Report on vaccination in the Province of Bengal - 1874-1889
Year: 1874
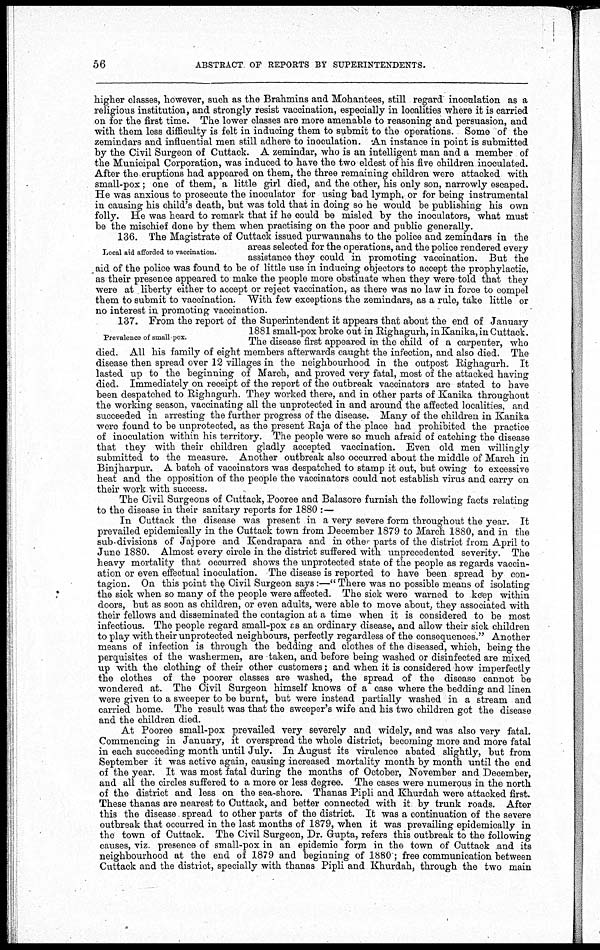
56
ABSTRACT OF REPORTS BY SUPERINTENDENTS.
higher classes, however, such as the Brahmins and Mohantees, still regard inoculation as a
religious institution, and strongly resist vaccination, especially in localities where it is carried
on for the first time. The lower classes are more amenable to reasoning and persuasion, and
with them less difficulty is felt in inducing them to submit to the operations. Some of the
zemindars and influential men still adhere to inoculation. An instance in point is submitted
by the Civil Surgeon of Cuttack. A zemindar, who is an intelligent man and a member of
the Municipal Corporation, was induced to have the two eldest of his five children inoculated.
After the eruptions had appeared on them, the three remaining children were attacked with
small-pox; one of them, a little girl died, and the other, his only son, narrowly escaped.
He was anxious to prosecute the inoculator for using bad lymph, or for being instrumental
in causing his child's death, but was told that in doing so he would be publishing his own
folly. He was heard to remark that if he could be misled by the inoculators, what must
be the mischief done by them when practising on the poor and public generally.
Local aid afforded to vaccination.
136. The Magistrate of Cuttack issued purwannahs to the police and zemindars in the
areas selected for the operations, and the police rendered every
assistance they could in promoting vaccination. But the
aid of the police was found to be of little use in inducing objectors to accept the prophylactic,
as their presence appeared to make the people more obstinate when they were told that they
were at liberty either to accept or reject vaccination, as there was no law in force to compel
them to submit to vaccination. With few exceptions the zemindars, as a rule, take little or
no interest in promoting vaccination.
Prevalence of small pox.
137. From the report of the Superintendent it appears that about the end of January
1881 small-pox broke out in Righagurh, in Kanika, in Cuttack.
The disease first appeared in the child of a carpenter, who
died. All his family of eight members afterwards caught the infection, and also died. The
disease then spread over 12 villages in the neighbourhood in the outpost Righagurh. It
lasted up to the beginning of March, and proved very fatal, most of the attacked having
died. Immediately on receipt of the report of the outbreak vaccinators are stated to have
been despatched to Righagurh. They worked there, and in other parts of Kanika throughout
the working season, vaccinating all the unprotected in and around the affected localities, and
succeeded in arresting the further progress of the disease. Many of the children in Kanika
were found to be unprotected, as the present Raja of the place had prohibited the practice
of inoculation within his territory. The people were so much afraid of catching the disease
that they with their children gladly accepted vaccination. Even old men willingly
submitted to the measure. Another outbreak also occurred about the middle of March in
Binjharpur. A batch of vaccinators was despatched to stamp it out, but owing to excessive
heat and the opposition of the people the vaccinators could not establish virus and carry on
their work with success.
The Civil Surgeons of Cuttack, Pooree and Balasore furnish the following facts relating
to the disease in their sanitary reports for 1880 : —
In Cuttack the disease was present in a very severe form throughout the year. It
prevailed epidemically in the Cuttack town from December 1879 to March 1880, and in the
sub-divisions of Jajpore and Kendrapara and in other parts of the district from April to
June 1880. Almost every circle in the district suffered with unprecedented severity. The
heavy mortality that occurred shows the unprotected state of the people as regards vaccin-
ation or even effectual inoculation. The disease is reported to have been spread by con-
tagion. On this point the Civil Surgeon says:—" There was no possible means of isolating
the sick when so many of the people were affected. The sick were warned to keep within
doors, but as soon as children, or even adults, were able to move about, they associated with
their fellows and disseminated the contagion at a time when it is considered to be most
infectious. The people regard small-pox as an ordinary disease, and allow their sick children
to play with their unprotected neighbours, perfectly regardless of the consequences." Another
means of infection is through the bedding and clothes of the diseased, which, being the
perquisites of the washermen, are taken, and before being washed or disinfected are mixed
up with the clothing of their other customers; and when it is considered how imperfectly
the clothes of the poorer classes are washed, the spread of the disease cannot be
wondered at. The Civil Surgeon himself knows of a case where the bedding and linen
were given to a sweeper to be burnt, but were instead partially washed in a stream and
carried home. The result was that the sweeper's wife and his two children got the disease
and the children died.
At Pooree small-pox prevailed very severely and widely, and was also very fatal.
Commencing in January, it overspread the whole district, becoming more and more fatal
in each succeeding month until July. In August its virulence abated slightly, but from
September it was active again, causing increased mortality month by month until the end
of the year. It was most fatal during the months of October, November and December,
and all the circles suffered to a more or less degree. The cases were numerous in the north
of the district and less on the sea-shore. Thanas Pipli and Khurdah were attacked first.
These thanas are nearest to Cuttack, and better connected with it by trunk roads. After
this the disease spread to other parts of the district. It was a continuation of the severe
outbreak that occurred in the last months of 1879, when it was prevailing epidemically in
the town of Cuttack. The Civil Surgeon, Dr. Gupta, refers this outbreak to the following
causes, viz. presence of small-pox in an epidemic form in the town of Cuttack and its
neighbourhood at the end of 1879 and beginning of 1880 ; free communication between
Cuttack and the district, specially with thanas Pipli and Khurdah, through the two main